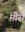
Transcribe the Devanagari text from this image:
मौर्स